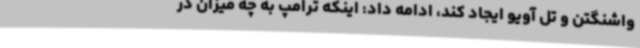
واشنگتن و تل آویو ایجاد کند، ادامه داد: اینکه ترامپ به چه میزان در